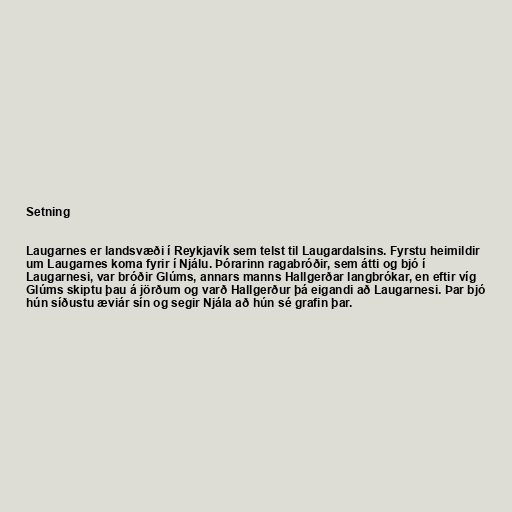
Setning

Laugarnes er landsvæði í Reykjavík sem telst til Laugardalsins. Fyrstu heimildir
um Laugarnes koma fyrir í Njálu. Þórarinn ragabróðir, sem átti og bjó í
Laugarnesi, var bróðir Glúms, annars manns Hallgerðar langbrókar, en eftir víg
Glúms skiptu þau á jörðum og varð Hallgerður þá eigandi að Laugarnesi. Þar bjó
hún síðustu æviár sín og segir Njála að hún sé grafin þar.